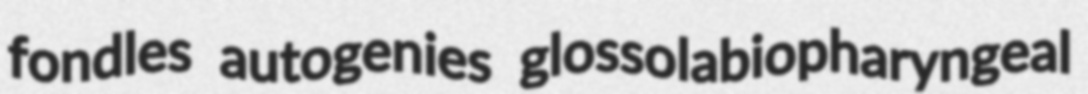
fondles autogenies glossolabiopharyngeal